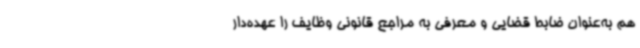
هم به‌عنوان ضابط قضایی و معرفی به مراجع قانونی وظایف را عهده‌دار